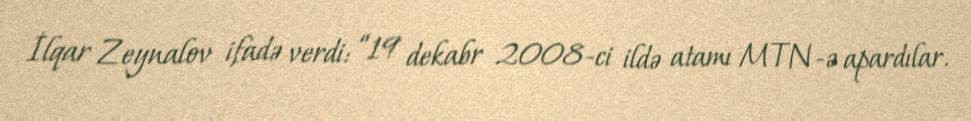
İlqar Zeynalov ifadə verdi: “19 dekabr 2008-ci ildə atamı MTN-ə apardılar.